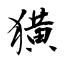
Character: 獚